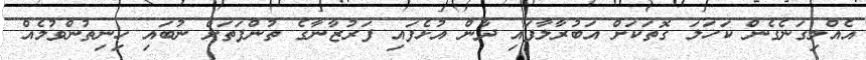
އެއްލިގަނެގެން ކަހަލަ ގޮތަކަށް އަބުރާލާފައި ދާން އުޅެފައި ފަރުޒާނާގެ ތުންފަތަށް ނުބައި ހިނިތުންވުމެއް